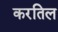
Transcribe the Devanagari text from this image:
करतिल